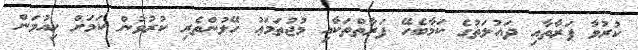
ކުރުވާ ފަރާތާއި ދައުލަތުގެ ކަމާބެހޭ ފަރާތްތަކާއި މުޖުތަމަޢު ހޭލުންތެރި ކުރުވުން ކަމަށް ހިއުމަން